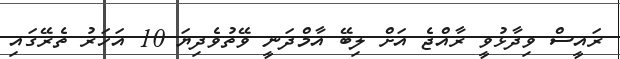
ރައީސް ވިދާޅުވީ ރާއްޖެ އަށް ލިބޭ އާމްދަނީ ވޭތުވެދިޔަ 10 އަހަރު ތެރޭގައި